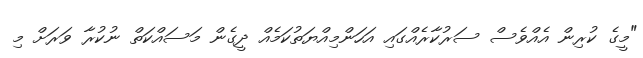
"މީގެ ކުރިން އެއްވެސް ސަރުކާރެއްގައި އަހަންމިއްޔަތުކަމެއް ދީގެން މަސައްކަތް ނުކުރާ ވަރަށް މި